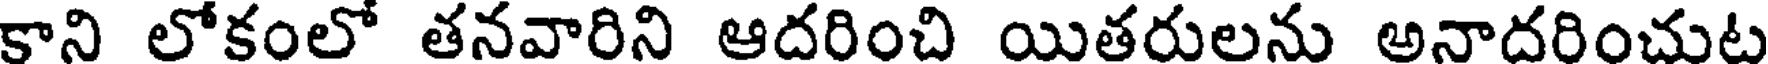
కాని లోకంలో తనవారిని ఆదరించి యితరులను అనాదరించుట